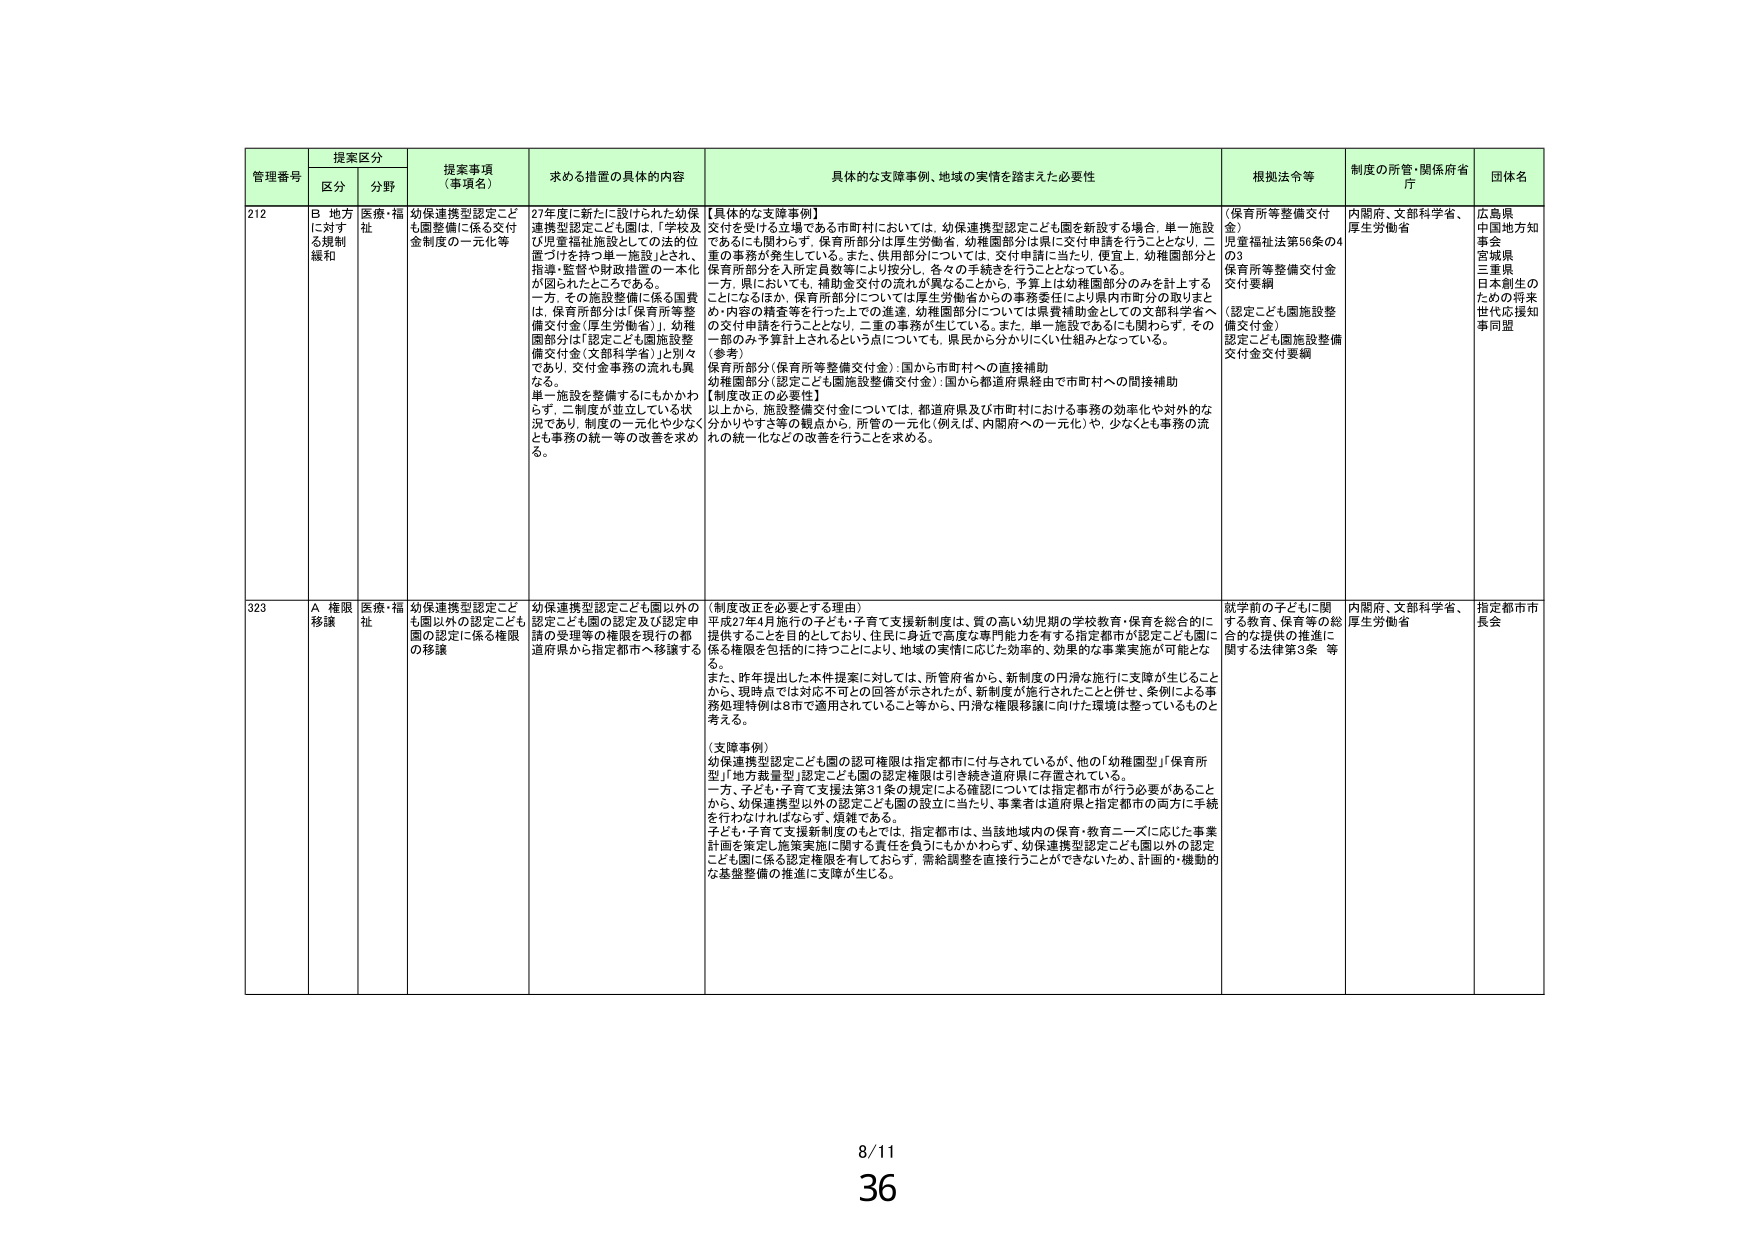
管理番号 提案区分 提案事項（事項名） 求める措置の具体的内容 具体的な支障事例、地域の実情を踏まえた必要性 根拠法令等 制度の所管・関係府省庁 団体名
区分 分野
212 B 地方に対する規制緩和 医療・福祉 幼保連携型認定こども園整備に係る交付金制度の一元化等 27年度に新たに設けられた幼保連携型認定こども園は、「学校及び児童福祉施設としての法的位置づけを持つ単一施設」とされ、指導・監督や財政措置の一本化が図られたところである。一方、その施設整備に係る国費は、保育所部分は「保育所等整備交付金（厚生労働省）」、幼稚園部分は「認定こども園施設整備交付金（文部科学省）」と別々であり、交付金事務の流れも異なる。単一施設を整備するにもかかわらず、二制度が並立している状況であり、制度の一元化や少なくとも事務の統一等の改善を求め る。 【具体的な支障事例】 交付を受けうる立場である市町村においては、幼保連携型認定こども園を新設する場合、単一施設であるにも関わらず、保育所部分は厚生労働省、幼稚園部分は県に交付申請を行うこととなり、二重の事務が発生している。また、供用部分については、交付申請に当たり、便宜上、幼稚園部分と保育所部分を入所定員数等により按分し、各々の手続きを行うこととなっている。一方、県においても、補助金交付の流れが異なることから、予算上は幼稚園部分のみを計上することになるほか、保育所部分については厚生労働省からの事務委任により県内市町村分の取りまとめ・内容の精査等を行った上での達達、幼稚園部分については県費補助金としての文部科学省への交付申請を行うこととなり、二重の事務が生じている。また、単一施設であるにも関わらず、その一部のみ予算計上されるという点についても、県民から分かりにくい仕組みとなっている。 （参考） 保育所部分（保育所等整備交付金）：国から市町村への直接補助 幼稚園部分（認定こども園施設整備交付金）：国から都道府県経由で市町村への間接補助 【制度改正の必要性】 以上から、施設整備交付金については、都道府県及び市町村における事務の効率化や対外的な分かりやすさ等の観点から、所管の一元化（例えば、内閣府への一元化）や、少なくとも事務の流れの統一化などの改善を行うことを求める。 （保育所等整備交付金） 児童福祉法第56条の4 の3 保育所等整備交付金交付要綱 （認定こども園施設整備交付金） 認定こども園施設整備交付金交付要綱 内閣府、文部科学省、厚生労働省 広島県 中国地方知事会 宮城県 三重県 日本創生のための将来世代応援知事同盟
323 A 権限移譲 医療・福祉 幼保連携型認定こども園以外の認定こども園の認定に係る権限の移譲 幼保連携型認定こども園以外の認定こども園の認定及び認定申請の受理等の権限を現行の都道府県から指定都市へ移譲する （制度改正を必要とする理由） 平成27年4月施行の子ども・子育て支援新制度は、質の高い幼児期の学校教育・保育を総合的に提供することを目的としており、住民に身近で高度な専門能力を有する指定都市が認定こども園に係る権限を包括的に持つことにより、地域の実情に応じた効率的、効果的な事業実施が可能となる。 また、昨年提出の本件提案に対しては、所管府省から、新制度の円滑な施行に支障が生じることから、現時点では対応不可との回答が示されたが、新制度が施行されたことと併せ、条例による事務処理特例は8市で適用されていること等から、円滑な権限移譲に向けた環境は整っているものと考える。 （支障事例） 幼保連携型認定こども園の認可権限は指定都市に付与されているが、他の「幼稚園型」「保育所型」「地方裁量型」認定こども園の認定権限は引き続き道府県に存置されている。一方、子ども・子育て支援法第31条の規定による確認については指定都市が行う必要があることから、幼保連携型以外の認定こども園の設立に当たり、事業者は道府県と指定都市の両方に手続を行わなければならず、煩雑である。子ども・子育て支援新制度のもとでは、指定都市は、当該地域内の保育・教育ニーズに応じた事業計画を策定し施策実施に関する責任を負うにもかかわらず、幼保連携型認定こども園以外の認定こども園に係る認定権限を有しておらず、需給調整を直接行うことができないため、計画的・機動的な基盤整備の推進に支障が生じる。 就学前の子どもに関 する教育、保育等の総 合的な提供の推進に 関する法律第3条 等 内閣府、文部科学省、厚生労働省 指定都市市長会
8/11 36